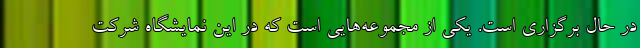
در حال برگزاری است. یکی از مجموعه‌هایی است که در این نمایشگاه شرکت